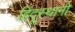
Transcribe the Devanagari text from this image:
हिंदूस्थानी